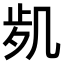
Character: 𠙑